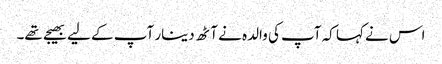
اس نے کہا کہ آپ کی والدہ نے آٹھ دینار آپ کے لیے بھیجے تھے۔